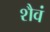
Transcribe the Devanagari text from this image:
शैवं